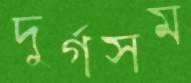
দুর্গসম